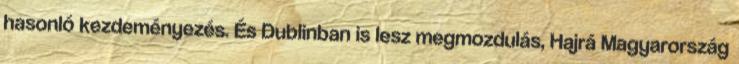
hasonló kezdeményezés. És Dublinban is lesz megmozdulás, Hajrá Magyarország